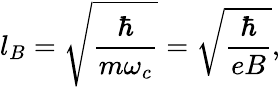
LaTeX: l_{B}=\sqrt{\frac{\hbar}{m\omega_{c}}}=\sqrt{\frac{\hbar}{eB}},